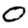
Digit: 0